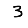
Digit: 3